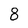
Character: 8